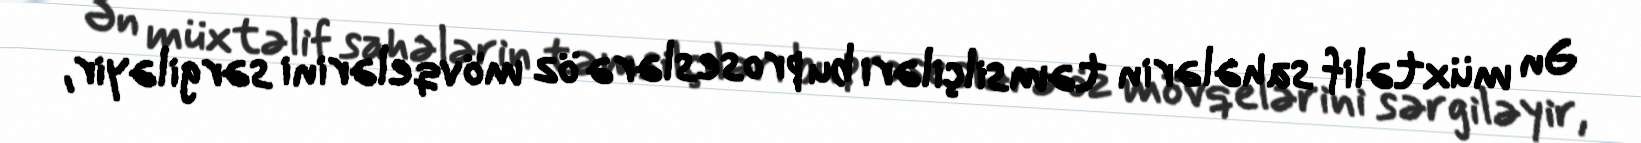
Ən müxtəlif sahələrin təmsilçiləri bu proseslərə öz mövqelərini sərgiləyir,